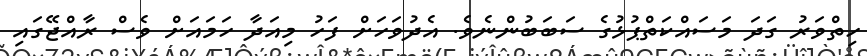
ހިތްވަރު ގަދަ މަސައްކަތްޕުޅުގެ ސަބަބުންނެވެ. އެދުވަހަށް ފަހު މިއަދާ ހަމައަށް ވެސް ރާއްޖޭގައި